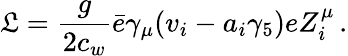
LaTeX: {\cal\mathfrak{L}}={\frac{{g}}{{2c_{w}}}}\bar{{e}}\gamma_{\mu}(v_{i}-a_{i}\gamma_{5})eZ_{i}^{\mu}\, .